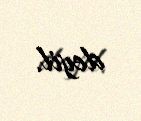
deyil.